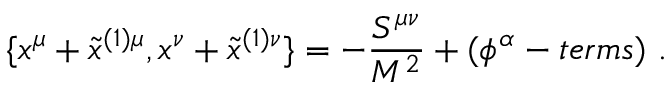
\{ x ^ { \mu } + \tilde { x } ^ { ( 1 ) \mu } , x ^ { \nu } + \tilde { x } ^ { ( 1 ) \nu } \} = - \frac { S ^ { \mu \nu } } { M ^ { 2 } } + ( \phi ^ { \alpha } - t e r m s ) ~ .